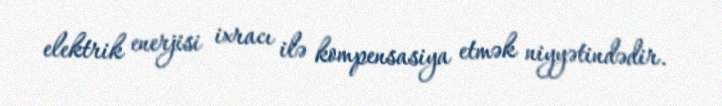
elektrik enerjisi ixracı ilə kompensasiya etmək niyyətindədir.